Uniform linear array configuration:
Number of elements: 64
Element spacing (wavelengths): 0.5
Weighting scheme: binomial
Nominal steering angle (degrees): -45
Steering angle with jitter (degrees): -44.171
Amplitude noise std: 0.05
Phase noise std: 0.05

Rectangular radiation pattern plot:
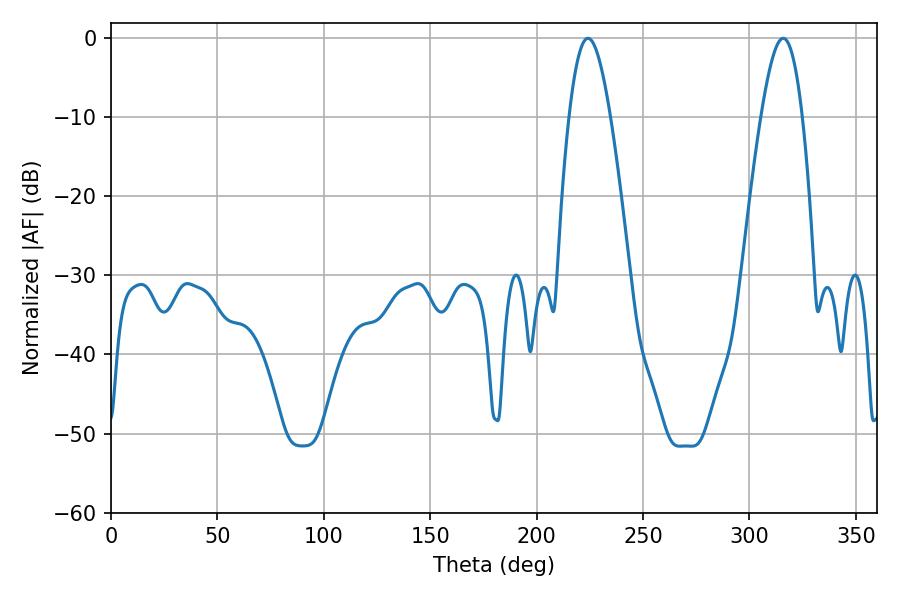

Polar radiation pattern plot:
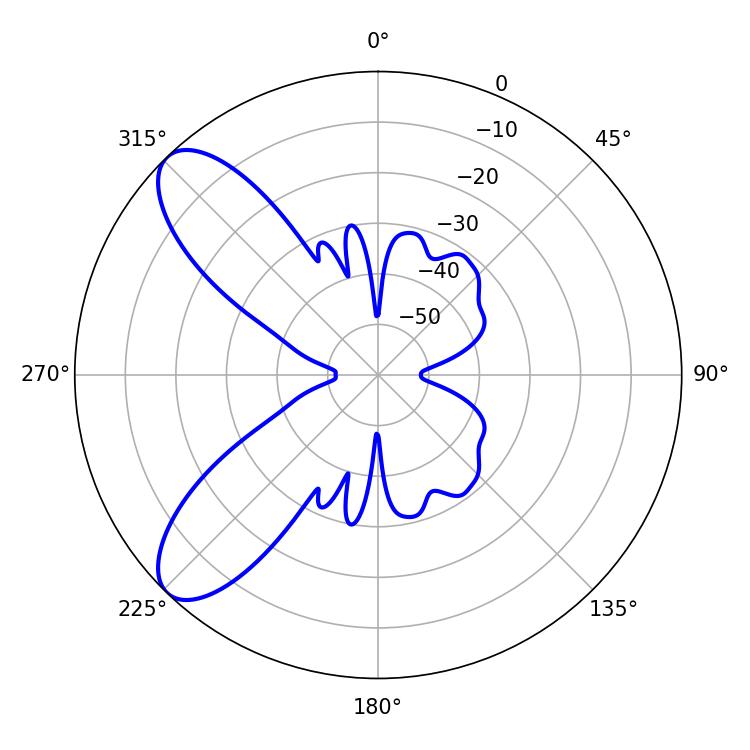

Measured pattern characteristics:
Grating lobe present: FALSE
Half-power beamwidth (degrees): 10.62
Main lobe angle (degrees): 224.1